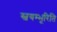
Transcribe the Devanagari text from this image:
स्वयम्भूरिति